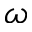
\omega